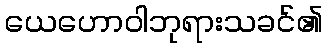
ယေဟောဝါဘုရားသခင်၏